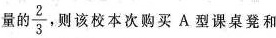
量的 $$\frac { 2 } { 3 }$$ ，则该校本次购买A型课桌凳和